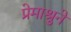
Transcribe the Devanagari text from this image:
प्रेमाश्रुने